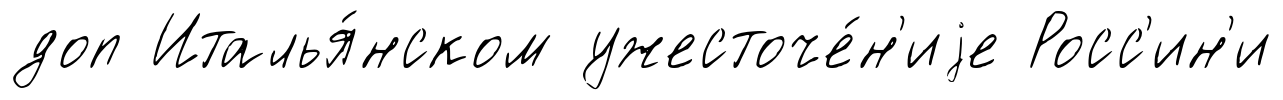
доп Италья́нском ужесточе́н'иjе Росс'ин'и